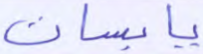
يابسات